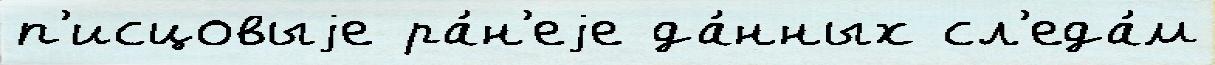
п'исцовыjе ра́н'еjе да́нных сл'еда́м